画像に写った文字を読んでください
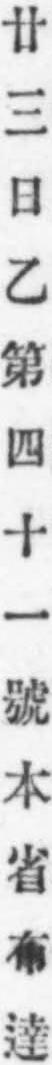
「廿三日乙第四十一號本省布達」と書いてあります